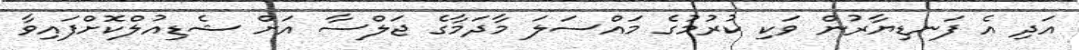
އަދި އެ ފަނޑިޔާރުން ވަކި ކުރުމުގެ މައްސަލަ މާދަމާގެ ޖަލްސާ އަށް ޝެޑިއުލްކޮށްފައިވާ